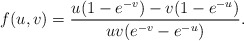
\begin{align*}f(u,v) = {u (1-e^{-v}) - v (1-e^{-u})\over u v (e^{-v} - e^{-u})}.\end{align*}